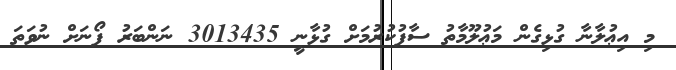
މި އިޢުލާނާ ގުޅިގެން މަޢުލޫމާތު ސާފުކުރުމަށް ގުޅާނީ 3013435 ނަންބަރު ފޯނަށް ނުވަތަ